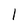
Character: l